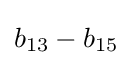
b_{13}-b_{15}